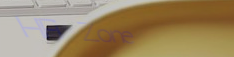
HiFi Zone